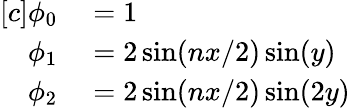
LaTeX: \begin{array}{rl}{[c]\phi_{0}}&{{}=1}\\ {\phi_{1}}&{{}=2\sin(nx/2)\sin(y)}\\ {\phi_{2}}&{{}=2\sin(nx/2)\sin(2y)}\end{array}